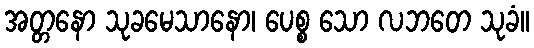
အတ္တနော သုခမေသာနော၊ ပေစ္စ သော လဘတေ သုခံ။